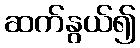
ဆက်နွယ်၍